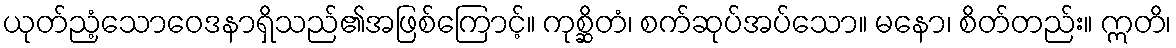
ယုတ်ညံ့သောဝေဒနာရှိသည်၏အဖြစ်ကြောင့်။ ကုစ္ဆိတံ၊ စက်ဆုပ်အပ်သော။ မနော၊ စိတ်တည်း။ ဣတိ၊